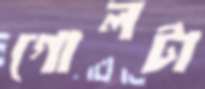
গোলটা